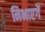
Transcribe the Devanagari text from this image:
निभाएगें